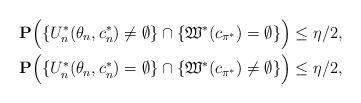
LaTeX: \begin{align*}&\mathbf{P}\Big( \{U^*_{n}(\theta_{n},c^{*}_{n})\neq\emptyset \} \cap \{ \mathfrak{W}^*(c_{\pi^*})= \emptyset \} \Big)\le \eta/2,\\&\mathbf{P}\Big( \{U^*_{n}(\theta_{n},c^{*}_{n})= \emptyset \} \cap \{ \mathfrak{W}^*(c_{\pi^*})\neq \emptyset \} \Big)\le \eta/2,\end{align*}